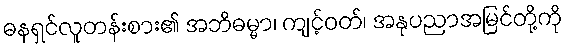
ဓနရှင်လူတန်းစား၏ အဘိဓမ္မာ၊ ကျင့်ဝတ်၊ အနုပညာအမြင်တို့ကို